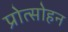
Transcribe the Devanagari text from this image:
प्रोत्साेहन